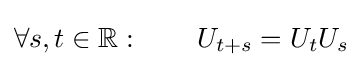
\forall s,t\in \mathbb {R} :\qquad U_{t+s}=U_{t}U_{s}